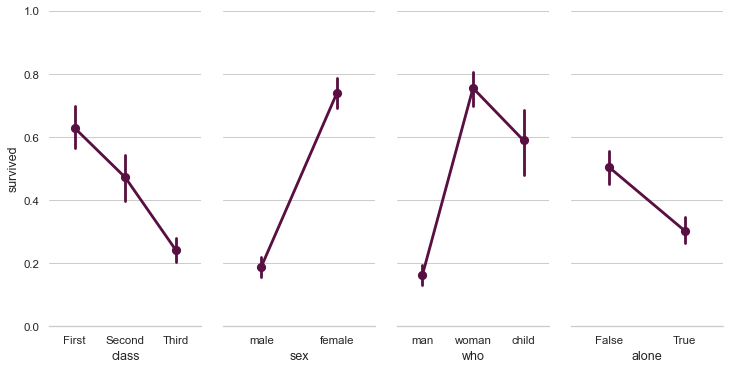
python, seaborn, PairGrid, despine